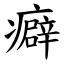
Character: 癖